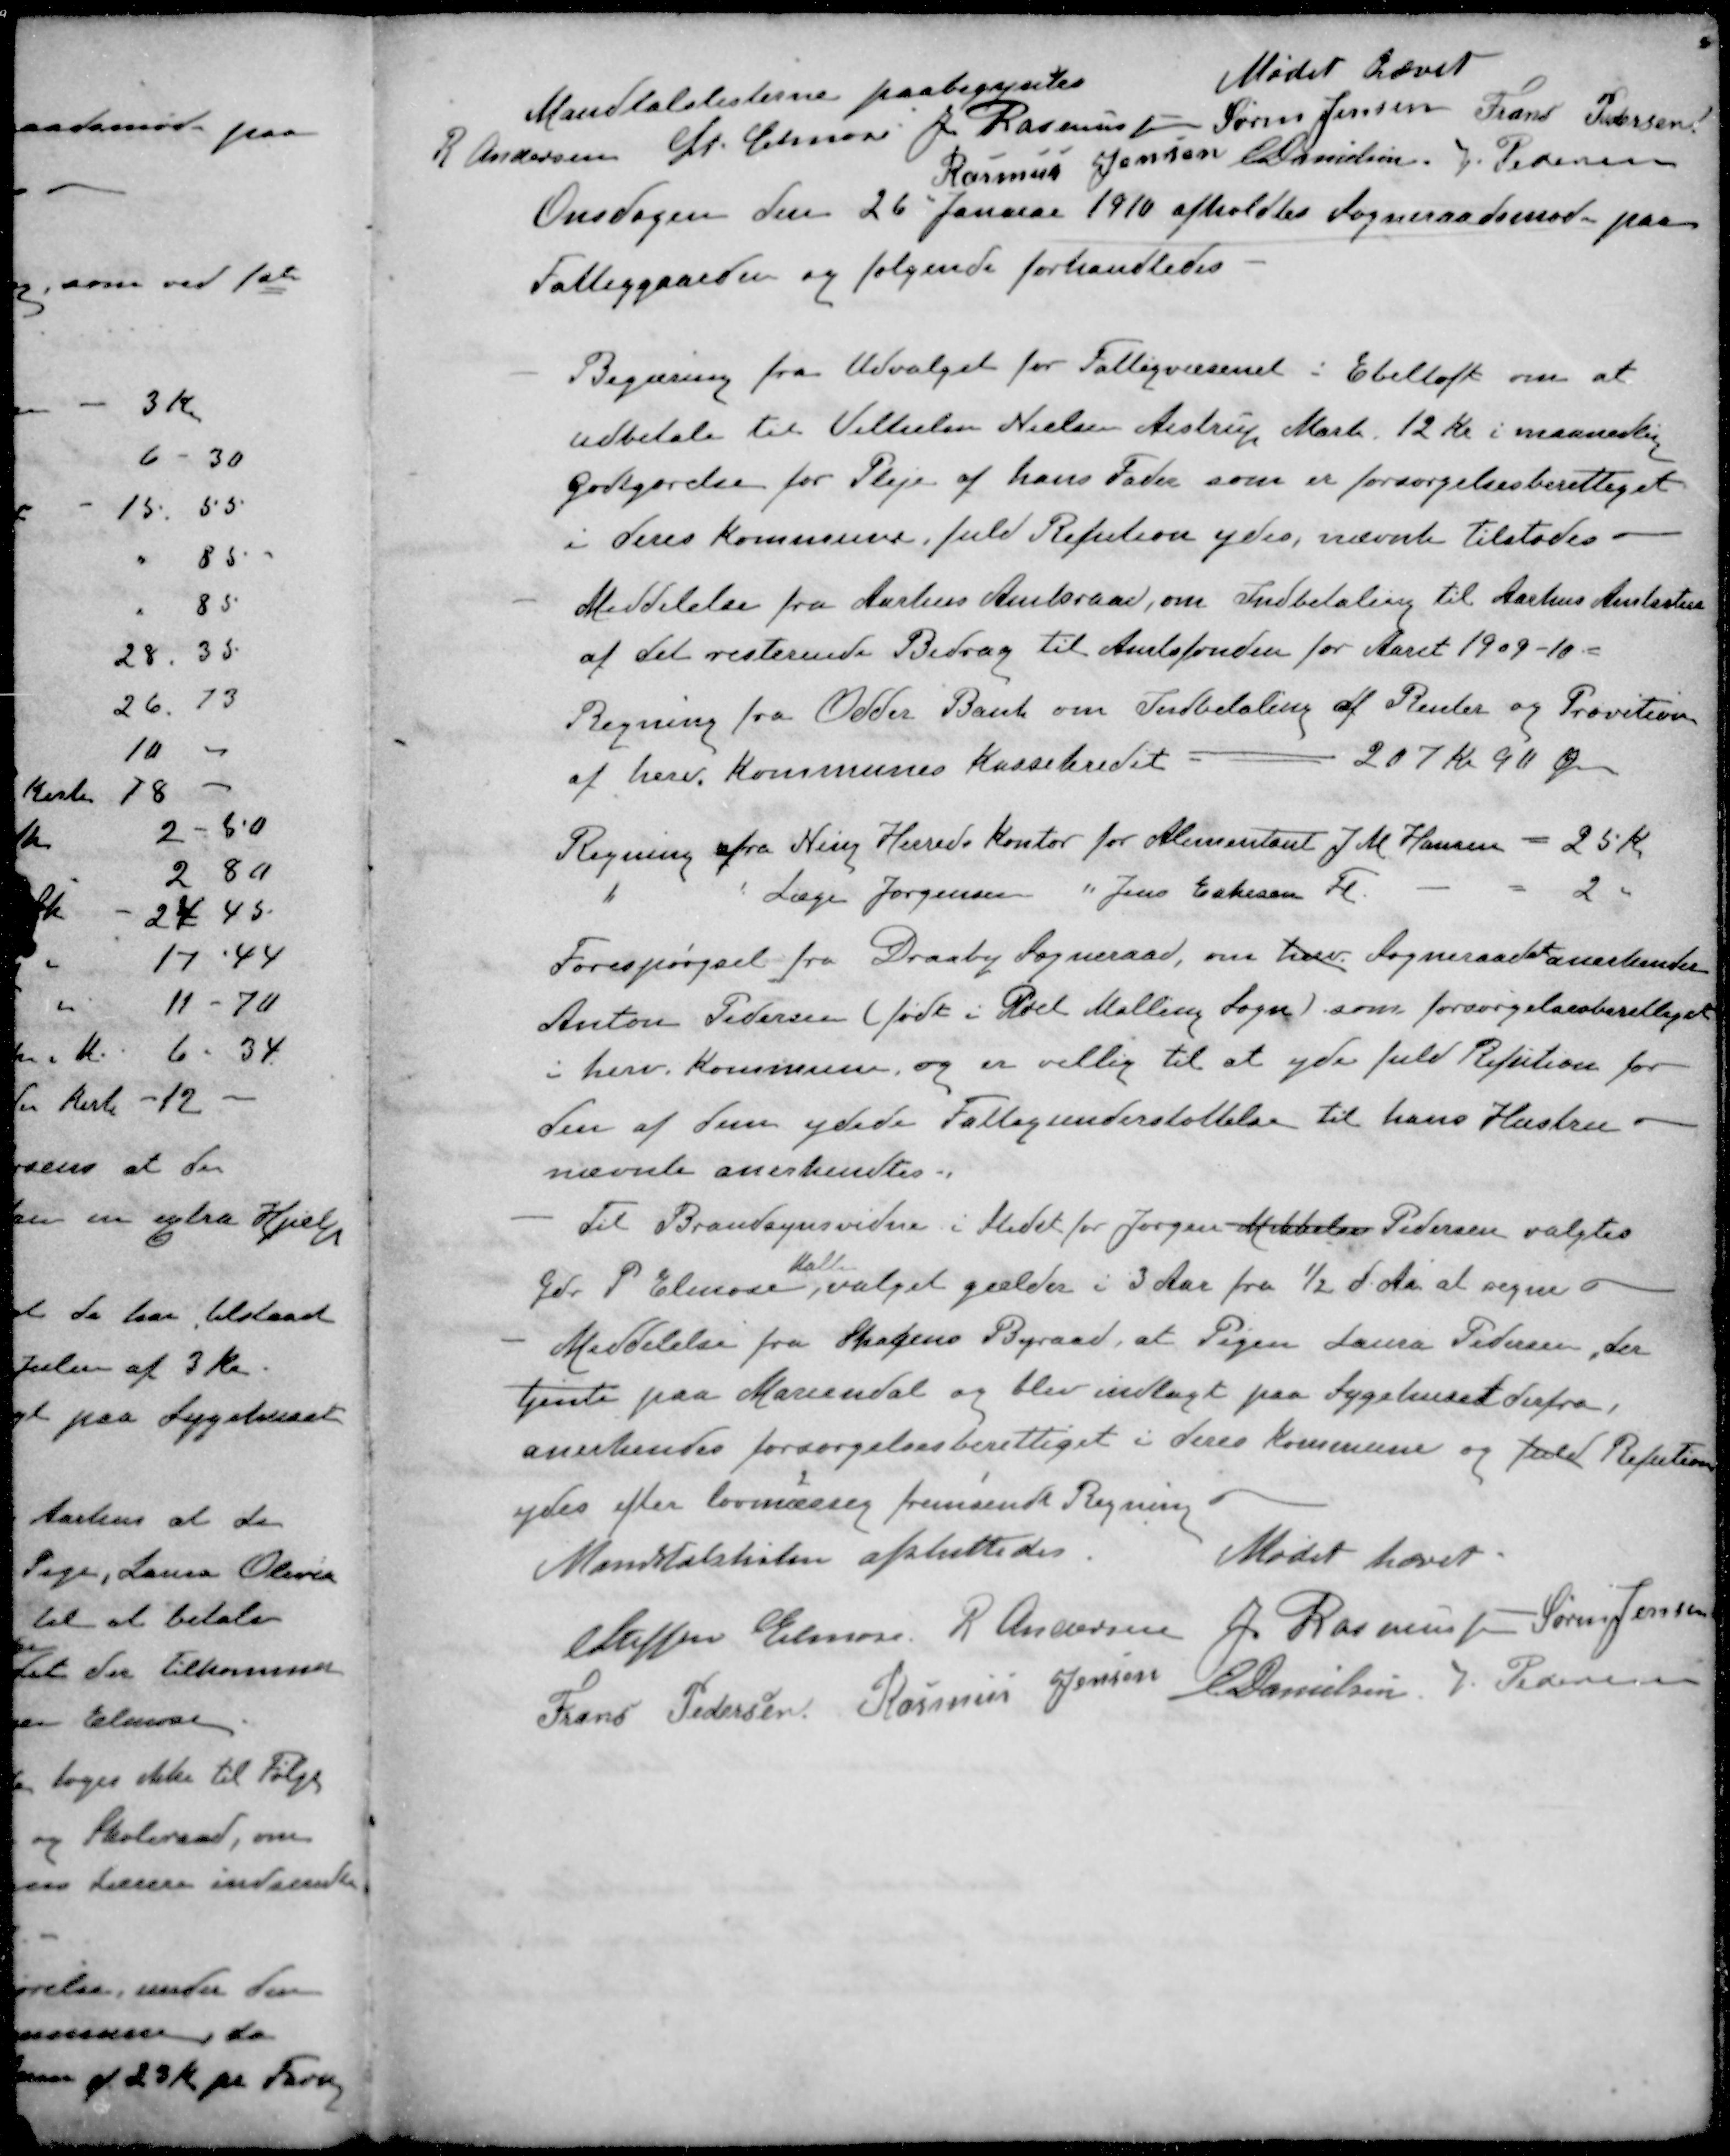
Transskription:
Mandtalslisterne paabegyntes
Mødet hævet
R Andersen
St Elmose
J Rasmussen
Søren Jensen
Frans Pedersen
Rasmus Jensen
E Danielsen
V Pedersen
Onsdagen den 26 Januar 1910 afholdtes Sogneraadsmøde paa
Fattiggaarden og følgende forhandledes
Begæring fra Udvalget for Fattigvæsenet i Ebeltoft om at
Udbetale til Vilhelm Nielsen Aistrup Mark 12 Kr i maanedlig
Godtgørelse for Pleje af hans Fader som er forsørgelsesberettiget
i deres Kommune, fuld Refution ydes, nævnte tilstodes.
- Meddelelse fra Aarhus Amtsraad, om Indbetaling til Aarhus Amtsstue
af det resterende Bidrag til Amtsfonden for Aaret 1909-10
Regning fra Odder Bank om Indbetaling af Renter og Provition
af herv. Kommunes Kassekredit -  207 kr 90 Øre
Regning fra Ning Herreds Kontor for Alimentant J. M. Hansen - 25 Kr
" " Læge Jørgensen " Jens Eskesen Fl. 2 "
Forespørgsel fra Draaby Sogneraad, om herv. Sogneraadet anerkender
Anton Pedersen (født i Pøel Malling Sogn) som forsørgelsesberettiget
i herv. Kommune, og er villig til at yde fuld Refution for
den af dem ydede Fattigunderstøttelse til hans Hastru
nævnte anerkendtes
Til Brandsynsvidne i Stedet for Jørgen Mikkelsen Pedersen valgtes
Mall
Gdr. P. Elmose, valget gælder i 3 Aar fra 1/2 d. Aa at regne o
Meddelelse fra Skagens Byraad, at Pigen Laura Petersen, der
tjente paa Mariendal og blev indlagt paa Sygehuset derfra,
anerkendes forsørgelsesberettiget i deres Kommune og fuld Refution
ydes efter lovmæssig fremsendt Regning
Mandtalslisten afsluttedes.
Mødet hævet.
Steffen Elmose
R Andersen
J Rasmussen
Søren Jensen
Frans Pedersen
Rasmus Jensen
E Danielsen
V Pedersen